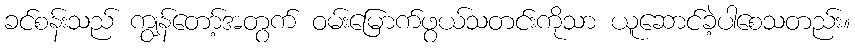
ခင်စန်းသည် ကျွန်တော့်အတွက် ဝမ်းမြောက်ဖွယ်သတင်းကိုသာ ယူဆောင်ခဲ့ပါစေသတည်း။